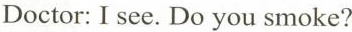
Doctor: I see. Do you smoke?